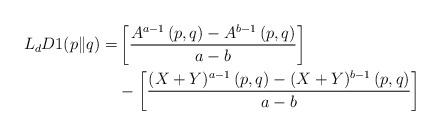
LaTeX: \begin{align*}L_{d}D1(p\|q)=&\left[\frac{A^{a-1}\left(p,q\right)-A^{b-1}\left(p,q\right)}{a-b}\right]\\&-\left[\frac{(X+Y)^{a-1}\left(p,q\right)-(X+Y)^{b-1}\left(p,q\right)}{a-b}\right] \end{align*}